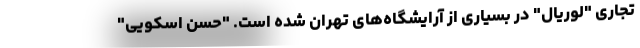
تجاری "لوریال" در بسیاری از آرایشگاه‌های تهران شده است. "حسن اسکویی"